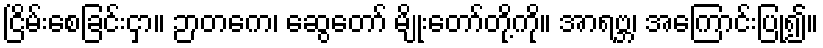
ငြိမ်းစေခြင်းငှာ။ ဉာတကေ၊ ဆွေတော် မျိုးတော်တို့ကို။ အာရဗ္ဘ၊ အကြောင်းပြု၍။